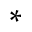
\ast